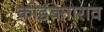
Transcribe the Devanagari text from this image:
कोइंबताराव